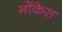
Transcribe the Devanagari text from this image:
मोंकेस